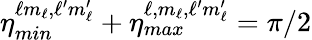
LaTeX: \eta_{min}^{\ell m_{\ell},\ell^{\prime}m_{\ell}^{\prime}}+\eta_{max}^{\ell,m_{\ell},\ell^{\prime}m_{\ell}^{\prime}}=\pi/2